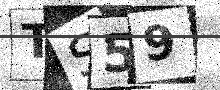
Text: TS59